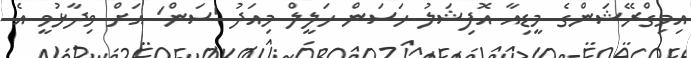
އިމިގްރޭޝަންގެ މީޑިއާ އޮފިޝަލު ހަސަން ހަލީލް މިއަދު 'ސަން' އަށް ވިދާޅުވީ އެ